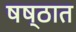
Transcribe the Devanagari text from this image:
षष्ठात